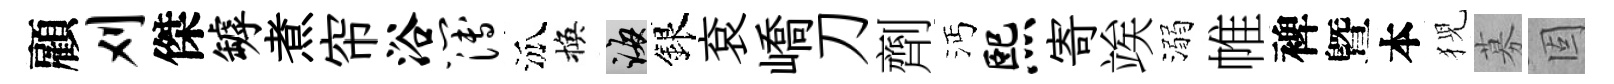
顧刈傑罅煮帘浴簿泒換誨銀袞嶠刀劑沔熙寄竢溺帷裨曁本猊募固